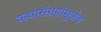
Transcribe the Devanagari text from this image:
कथासंग्रहांमुळेच